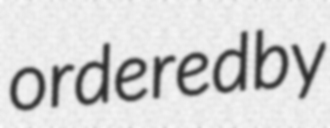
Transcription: ordered by